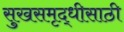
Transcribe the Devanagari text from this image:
सुखसमृद्धीसाठी